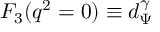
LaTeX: F _ { 3 } ( q ^ { 2 } = 0 ) \equiv d _ { \Psi } ^ { \gamma }